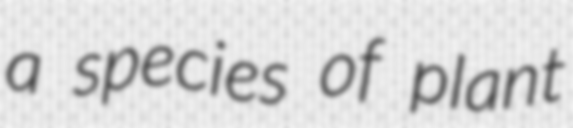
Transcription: a species of plant